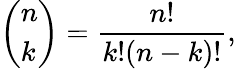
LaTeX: \left(\begin{array}{l}{n}\\ {k}\end{array}\right)=\frac{n!}{k!(n-k)!},